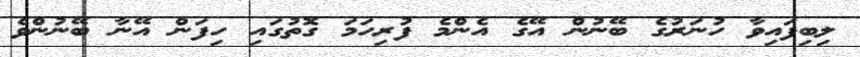
ލިބިފައިވާ ހުނަރުގެ ބޭނުން އޭގެ އެންމެ ފުރިހަމަ ގޮތުގައި ހިފަން އޭނާ ބޭނުންވެ